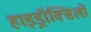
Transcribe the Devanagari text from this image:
हाइड्रॉक्सिलों